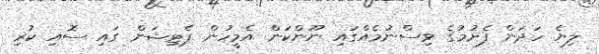
ލިޔެ ހަދަން ފެށުމުގެ ވިސްނުމެއްގައި ނޫންކަން އެމީހުން ޕެޓިޝަން ގައި ސޮއި ކުރި